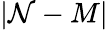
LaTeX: |\mathcal{N}-M|